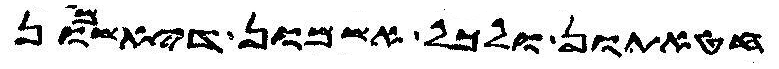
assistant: חטאתון ולכל אשמון דיאשמון